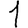
Digit: 1